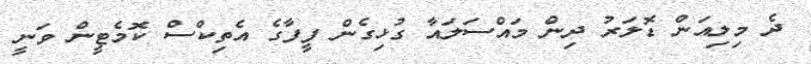
ދެ މިލިއަން ޑޮލަރު ދިން މައްސަލައާ ގުޅިގެން ފީފާގެ އެތިކްސް ކޮމެޓީން ވަނީ